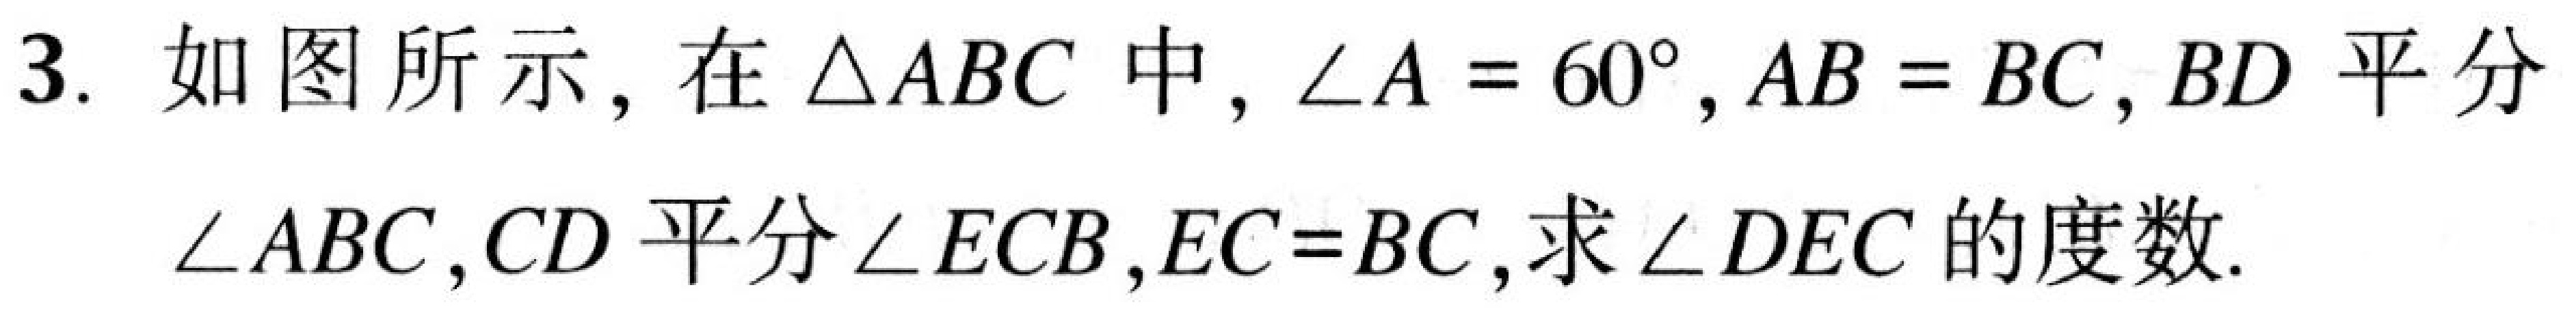
3. 如图所示，在\(\triangle ABC\)中，\(\angle A = 60^{\circ}, AB = BC, BD\)平分\(\angle ABC, CD\)平分\(\angle ECB, EC = BC,\)求\(\angle DEC\)的度数.